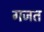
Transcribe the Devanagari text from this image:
गजत